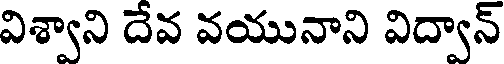
విశ్వాని దేవ వయునాని విద్వాన్